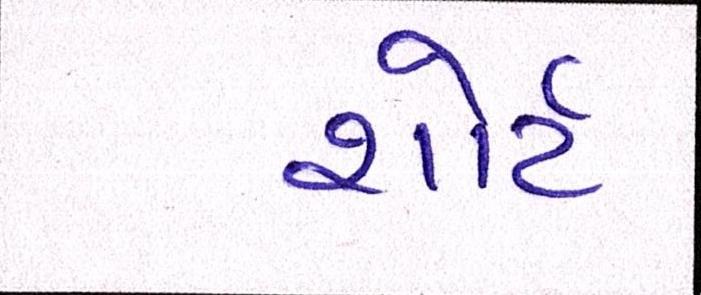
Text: શોર્ટ